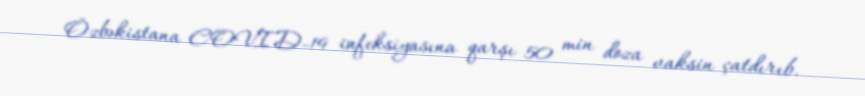
Özbəkistana COVID-19 infeksiyasına qarşı 50 min doza vaksin çatdırıb.